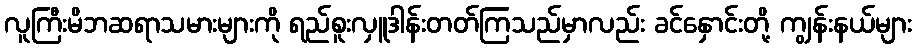
လူကြီးမိဘဆရာသမားများကို ရည်စူးလှူဒါန်းတတ်ကြသည်မှာလည်း ခင်နှောင်းတို့ ကျွန်းနယ်များ